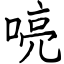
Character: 喨